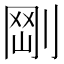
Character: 𠝾